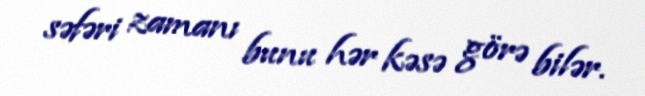
səfəri zamanı bunu hər kəsə görə bilər.